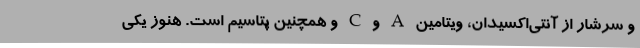
و سرشار از آنتی‌اکسیدان، ویتامین A و C و همچنین پتاسیم است. هنوز یکی